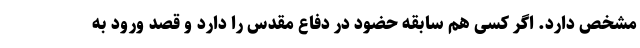
مشخص دارد. اگر کسی هم سابقه حضود در دفاع مقدس را دارد و قصد ورود به